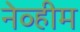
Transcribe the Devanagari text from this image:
नेव्हीम